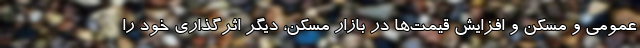
عمومی و مسکن و افزایش قیمت‌ها در بازار مسکن، دیگر اثرگذاری خود را